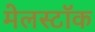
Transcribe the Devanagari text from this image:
मेलस्टॉक